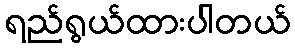
ရည်ရွယ်ထားပါတယ်